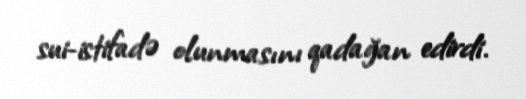
sui-istifadə olunmasını qadağan edirdi.